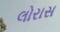
લોરાસ